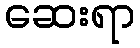
ဆေးရာ